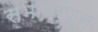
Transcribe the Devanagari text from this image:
सभावर्णन